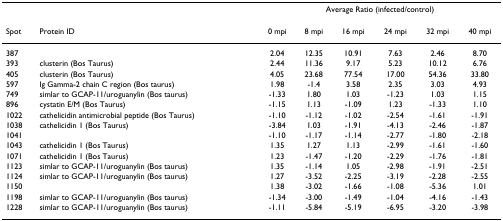
<table><thead><tr><td></td><td></td><td colspan="6"><b>Average Ratio (infected/control)</b></td></tr></thead><tbody><tr><td>Spot</td><td>Protein ID</td><td>0 mpi</td><td>8 mpi</td><td>16 mpi</td><td>24 mpi</td><td>32 mpi</td><td>40 mpi</td></tr><tr><td>387</td><td></td><td>2.04</td><td>12.35</td><td>10.91</td><td>7.63</td><td>2.46</td><td>8.70</td></tr><tr><td>393</td><td>clusterin (Bos Taurus)</td><td>2.44</td><td>11.36</td><td>9.17</td><td>5.23</td><td>10.12</td><td>6.76</td></tr><tr><td>405</td><td>clusterin (Bos Taurus)</td><td>4.05</td><td>23.68</td><td>77.54</td><td>17.00</td><td>54.36</td><td>33.80</td></tr><tr><td>597</td><td>Ig Gamma-2 chain C region (Bos taurus)</td><td>1.98</td><td>-1.4</td><td>3.58</td><td>2.35</td><td>3.03</td><td>4.93</td></tr><tr><td>749</td><td>simlar to GCAP-11/uroguanylin (Bos taurus)</td><td>-1.33</td><td>1.80</td><td>1.03</td><td>-1.23</td><td>1.03</td><td>1.15</td></tr><tr><td>896</td><td>cystatin E/M (Bos Taurus)</td><td>-1.15</td><td>1.13</td><td>-1.09</td><td>1.23</td><td>-1.33</td><td>1.10</td></tr><tr><td>1022</td><td>cathelicidin antimicrobial peptide (Bos Taurus)</td><td>-1.10</td><td>-1.12</td><td>-1.02</td><td>-2.54</td><td>-1.61</td><td>-1.91</td></tr><tr><td>1038</td><td>cathelicidin 1 (Bos Taurus)</td><td>-3.84</td><td>1.03</td><td>-1.91</td><td>-4.13</td><td>-2.46</td><td>-1.87</td></tr><tr><td>1041</td><td></td><td>-1.10</td><td>-1.17</td><td>-1.14</td><td>-2.77</td><td>-1.80</td><td>-2.18</td></tr><tr><td>1043</td><td>cathelicidin 1 (Bos Taurus)</td><td>1.35</td><td>1.27</td><td>1.13</td><td>-2.99</td><td>-1.61</td><td>-1.60</td></tr><tr><td>1071</td><td>cathelicidin 1 (Bos Taurus)</td><td>1.23</td><td>-1.47</td><td>-1.20</td><td>-2.29</td><td>-1.76</td><td>-1.81</td></tr><tr><td>1123</td><td>simlar to GCAP-11/uroguanylin (Bos taurus)</td><td>1.35</td><td>-1.14</td><td>1.05</td><td>-2.98</td><td>-1.91</td><td>-2.51</td></tr><tr><td>1124</td><td>simlar to GCAP-11/uroguanylin (Bos taurus)</td><td>1.27</td><td>-3.52</td><td>-2.25</td><td>-3.19</td><td>-2.28</td><td>-2.55</td></tr><tr><td>1150</td><td></td><td>1.38</td><td>-3.02</td><td>-1.66</td><td>-1.08</td><td>-5.36</td><td>1.01</td></tr><tr><td>1198</td><td>simlar to GCAP-11/uroguanylin (Bos taurus)</td><td>-1.34</td><td>-3.00</td><td>-1.49</td><td>-1.04</td><td>-4.16</td><td>-1.43</td></tr><tr><td>1228</td><td>simlar to GCAP-11/uroguanylin (Bos taurus)</td><td>-1.11</td><td>-5.84</td><td>-5.19</td><td>-6.95</td><td>-3.20</td><td>-3.98</td></tr></tbody></table>